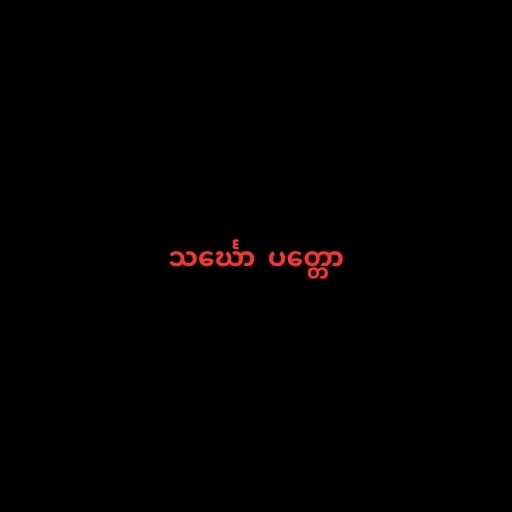
သင်္ဃော  ပတ္တော